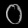
Digit: ၀